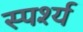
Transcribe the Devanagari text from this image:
स्पर्श्य